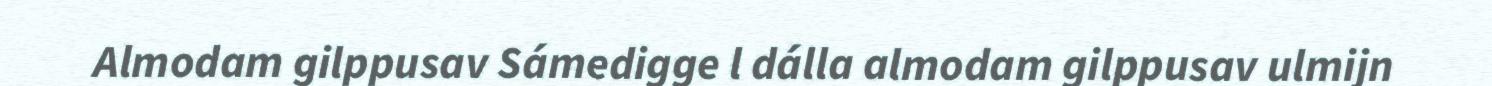
Almodam gilppusav Sámedigge l dálla almodam gilppusav ulmijn